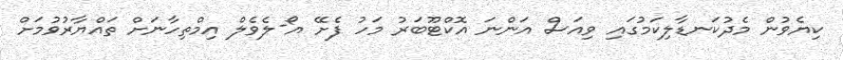
ކިޔެވުން މެދުކަނޑާލިކަމުގައި ވިއަސް އަންނަ އޮކްޓޫބަރު މަހު ފެށޭ އޯ-ލެވެލް އިމްތިހާނަށް ތައްޔާރުވުމަށް